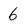
Character: 6